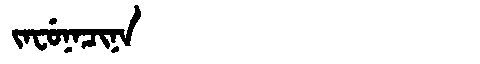
Manchu: ᠵᠠᠸᡠᠨᠠᠴᡳᠨᠠ
Romanization: JAFUNACINA